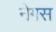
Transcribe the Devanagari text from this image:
नेगस